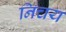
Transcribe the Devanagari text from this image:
निचय